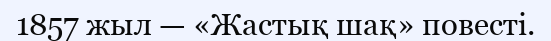
1857 жыл — «Жастық шақ» повесті.